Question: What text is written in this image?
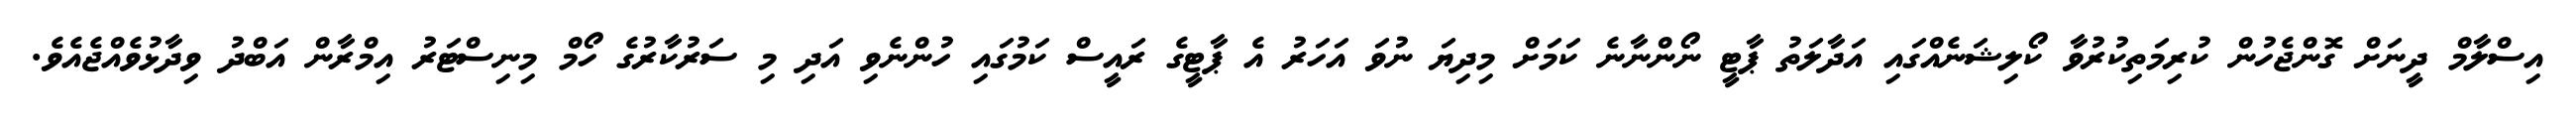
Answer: އިސްލާމް ދީނަށް ގޮންޖެހުން ކުރިމަތިކުރުވާ ކޯލިޝަނެއްގައި އަދާލަތު ޕާޓީ ނޯންނާނެ ކަމަށް މިދިޔަ ނުވަ އަހަރު އެ ޕާޓީގެ ރައީސް ކަމުގައި ހުންނެވި އަދި މި ސަރުކާރުގެ ހޯމް މިނިސްޓަރު އިމްރާން އަބްދު ވިދާޅުވެއްޖެއެވެ.